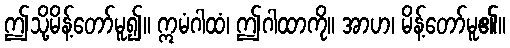
ဤသို့မိန့်တော်မူ၍။ ဣမံဂါထံ၊ ဤဂါထာကို။ အာဟ၊ မိန့်တော်မူ၏။